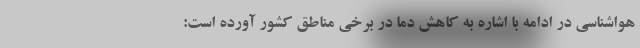
هواشناسی در ادامه با اشاره به کاهش دما در برخی مناطق کشور آورده است: